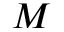
M